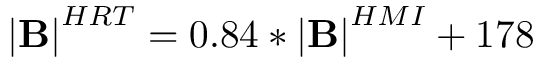
\mathbf { \left| B \right| } ^ { H R T } = 0 . 8 4 \ast \mathbf { \left| B \right| } ^ { H M I } + 1 7 8